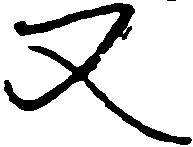
又